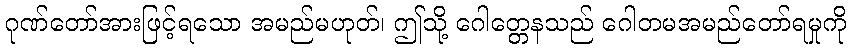
ဂုဏ်တော်အားဖြင့်ရသော အမည်မဟုတ်၊ ဤသို့ ဂေါတ္တေနသည် ဂေါတမအမည်တော်ရမှုကို